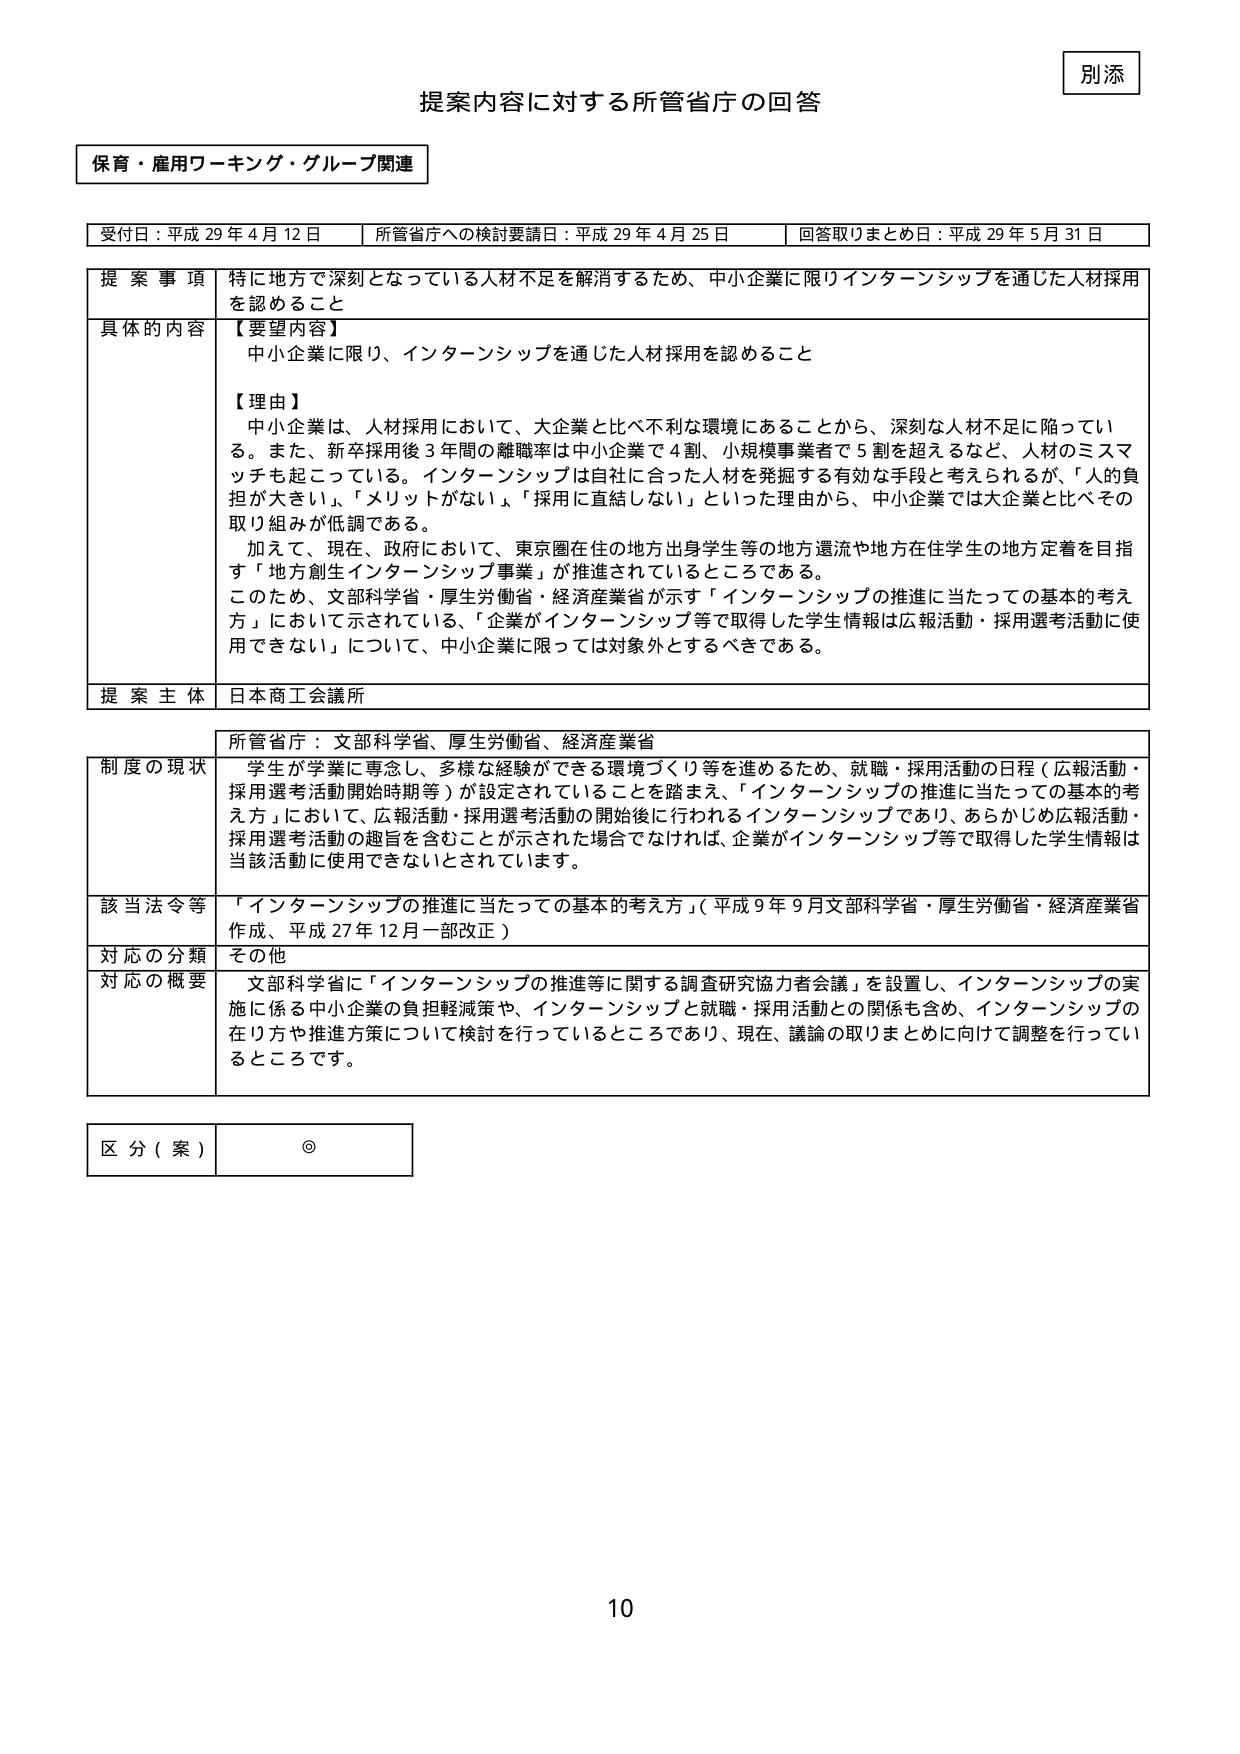
別添

提案内容に対する所管省庁の回答

保育・雇用ワーキング・グループ関連

受付日：平成29年4月12日　　所管省庁への検討要請日：平成29年4月25日　　回答取りまとめ日：平成29年5月31日

提案事項　特に地方で深刻となっている人材不足を解消するため、中小企業に限りインターンシップを通じた人材採用を認めること

具体的な内容　【要望内容】
中小企業に限り、インターンシップを通じた人材採用を認めること

【理由】
中小企業は、人材採用において、大企業と比べ不利な環境にあることから、深刻な人材不足に陥っている。また、新卒採用後3年間の離職率は中小企業で4割、小規模事業者で5割を超えるなど、人材のミスマッチも起こっている。インターンシップは自社に合った人材を発掘する有効な手段と考えられるが、「人的負担が大きい」、「メリットがない」、「採用に直結しない」といった理由から、中小企業では大企業と比べその取り組みが低調である。
加えて、現在、政府において、東京圏在住の地方出身学生等の地方還流や地方在住学生の地方定着を目指す「地方創生インターンシップ事業」が推進されているところである。
このため、文部科学省・厚生労働省・経済産業省が示す「インターンシップの推進に当たっての基本的考え方」において示されている、「企業がインターンシップ等で取得した学生情報は広報活動・採用選考活動に使用できない」について、中小企業に限っては対象外とするべきである。

提案主体　日本商工会議所

所管省庁：文部科学省、厚生労働省、経済産業省

制度の現状　学生が学業に専念し、多様な経験ができる環境づくり等を進めるため、就職・採用活動の日程（広報活動・採用選考活動開始時期等）が設定されていることを踏まえ、「インターンシップの推進に当たっての基本的考え方」において、広報活動・採用選考活動の開始後に行われるインターンシップであり、あらかじめ広報活動・採用選考活動の趣旨を含むことが示された場合でなければ、企業がインターンシップ等で取得した学生情報は当該活動に使用できないとされています。

該当法令等　「インターンシップの推進に当たっての基本的考え方」（平成9年9月文部科学省・厚生労働省・経済産業省作成、平成27年12月一部改正）

対応の分類　その他

対応の概要　文部科学省に「インターンシップの推進等に関する調査研究協力者会議」を設置し、インターンシップの実施に係る中小企業の負担軽減策や、インターンシップと就職・採用活動との関係も含め、インターンシップの在り方や推進方策について検討を行っているところであり、現在、議論の取りまとめに向けて調整を行っているところです。

区分（案）　◎

10